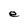
Character: e